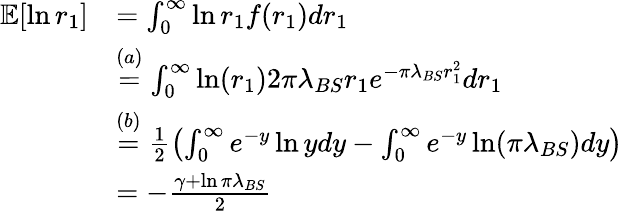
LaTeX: \begin{array}{rl}{\mathbb{E}[\ln r_{1}]}&{=\int_{0}^{\infty}\ln r_{1}f(r_{1})dr_{1}}\\ &{\stackrel{{(a)}}{=}\int_{0}^{\infty}\ln(r_{1})2\pi\lambda_{BS}r_{1}e^{-\pi\lambda_{BS}r_{1}^{2}}dr_{1}}\\ &{\stackrel{{(b)}}{=}\frac{1}{2}\left(\int_{0}^{\infty}e^{-y}\ln ydy-\int_{0}^{\infty}e^{-y}\ln(\pi\lambda_{BS})dy\right)}\\ &{=-\frac{\gamma+\ln\pi\lambda_{BS}}{2}}\end{array}